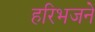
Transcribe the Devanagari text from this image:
हरिभजने